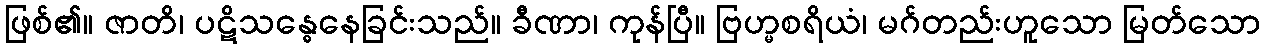
ဖြစ်၏။ ဇာတိ၊ ပဋိသန္ဓေနေခြင်းသည်။ ခီဏာ၊ ကုန်ပြီ။ ဗြဟ္မစရိယံ၊ မဂ်တည်းဟူသော မြတ်သော